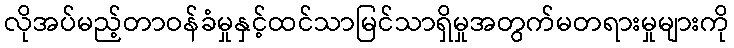
လိုအပ်မည့်တာဝန်ခံမှုနှင့်ထင်သာမြင်သာရှိမှုအတွက်မတရားမှုများကို